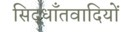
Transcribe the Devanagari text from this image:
सिद्धाँतवादियों